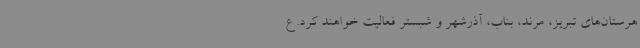
هرستان‌های تبریز، مرند، بناب، آذرشهر و شبستر فعالیت خواهند کرد. ع